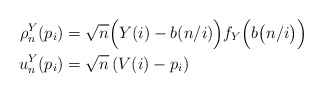
\begin{align*}\rho^Y_n(p_i) & = \sqrt{n}\Big( Y(i) - b(n/i)\Big)f_Y\Big(b\big(n/i\big)\Big)\\u_n^Y(p_i) & = \sqrt{n}\left( V(i) - p_i \right)\end{align*}